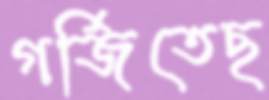
গর্জিতেছ